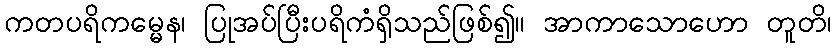
ကတပရိကမ္မေန၊ ပြုအပ်ပြီးပရိကံရှိသည်ဖြစ်၍။ အာကာသောဟော တူတိ၊